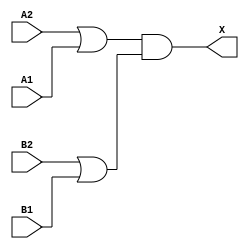
module sky130_fd_sc_ls__o22a (
    X ,
    A1,
    A2,
    B1,
    B2
);

    // Module ports
    output X ;
    input  A1;
    input  A2;
    input  B1;
    input  B2;

    // Module supplies
    supply1 VPWR;
    supply0 VGND;
    supply1 VPB ;
    supply0 VNB ;

    // Local signals
    wire or0_out   ;
    wire or1_out   ;
    wire and0_out_X;

    //  Name  Output      Other arguments
    or  or0  (or0_out   , A2, A1          );
    or  or1  (or1_out   , B2, B1          );
    and and0 (and0_out_X, or0_out, or1_out);
    buf buf0 (X         , and0_out_X      );

endmodule